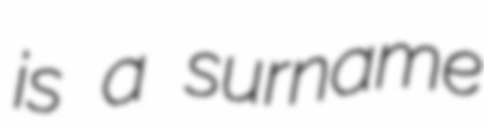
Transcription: is a surname